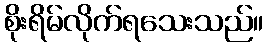
စိုးရိမ်လိုက်ရသေးသည်။